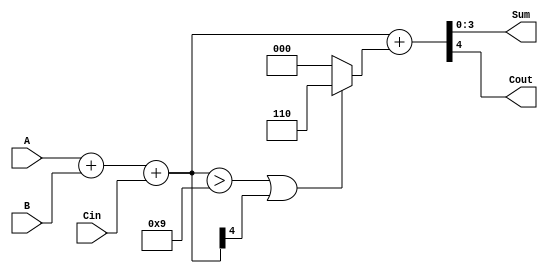
module BCD_Fast_Adder (
    input  [3:0] A,      // First BCD input
    input  [3:0] B,      // Second BCD input
    input        Cin,     // Carry-in
    output [3:0] Sum,     // BCD Sum output
    output       Cout     // Carry-out
);
    wire [4:0] TempSum;   // Temporary sum (5 bits to accommodate carry)
    wire [4:0] CorrectedSum; // Corrected sum after adding 6 if necessary

    // Step 1: Perform binary addition of A, B, and Cin
    assign TempSum = A + B + Cin;

    // Step 2: Determine if correction is needed
    wire correction_needed;
    assign correction_needed = (TempSum > 5'd9) || TempSum[4]; // Check if TempSum > 9 or carry-out exists

    // Step 3: If correction is needed, add 6 to TempSum
    assign CorrectedSum = TempSum + (correction_needed ? 5'd6 : 5'd0);

    // Final outputs
    assign Sum = CorrectedSum[3:0]; // Take the lower 4 bits for the BCD result
    assign Cout = CorrectedSum[4];  // Carry-out is the 5th bit of the corrected sum

endmodule